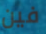
فين